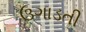
ઉગાડતી